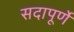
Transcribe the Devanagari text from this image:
सदापूर्णे